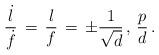
LaTeX: \begin{align*}{{\dot l} \over {\dot f}} \, = \, {l \over f} \, = \, \pm {1 \over {\sqrt{d}}} \, , \, {p \over d} \, .\end{align*}